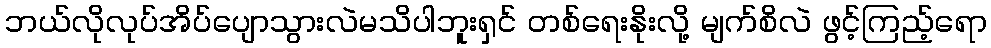
ဘယ်လိုလုပ်အိပ်ပျောသွားလဲမသိပါဘူးရှင် တစ်ရေးနိုးလို့ မျက်စိလဲ ဖွင့်ကြည့်ရော